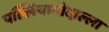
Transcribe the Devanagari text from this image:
पल्लियागोदाल्ला